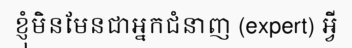
ខ្ញុំមិនមែនជាអ្នកជំនាញ (expert) អ្វី